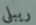
ريبلي